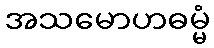
အသမောဟဓမ္မံ